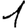
Digit: 1